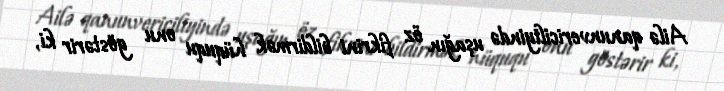
Ailə qanunvericiliyində uşağın öz fikrini bildirmək hüququ onu göstərir ki,